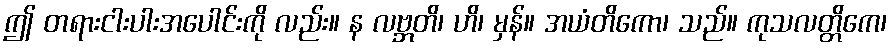
ဤ တရားငါးပါးအပေါင်းကို လည်း။ န လဗ္ဘတိ၊ ဟိ၊ မှန်။ အယံတိကော၊ သည်။ ကုသလတ္တိကေ၊